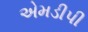
એમડીપી